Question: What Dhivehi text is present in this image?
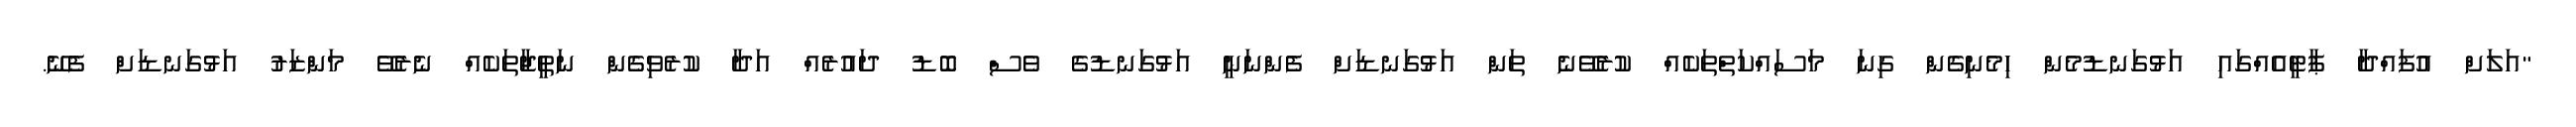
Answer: "އަލަށް އުފައްދާ ޕާޓީއެއްގައި އަޅުގަނޑުމެން ހިމެނިގެން ގިނަ މަސައްކަތްތަކެއް ކުރެވޭނެ ތަން އަޅުގަނޑަށް ފެންނަނީ އަޅުގަނޑުގެ ވެސް ބޮޑު ދައުރެއް އަދާ ކުރެވިގެން ނަތީޖާތަކެއް ނެރެވޭ މަންޒަރު އަޅުގަނޑަށް ފެނޭ.